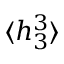
\langle h _ { 3 } ^ { 3 } \rangle